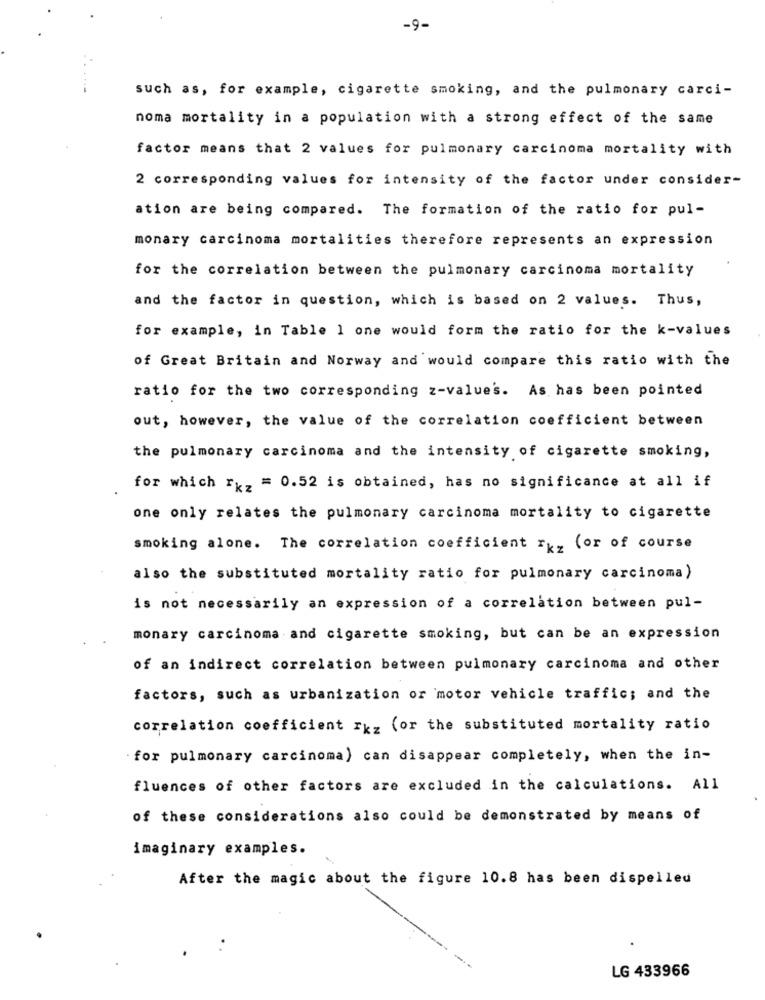
-9-
such as, for example, cigarette smoking, and the pulmonary carci-
noma mortality in a population with a strong effect of the same
factor means that 2 values for pulmonary carcinoma mortality with
2 corresponding values for intensity of the factor under consider-
ation are being compared. The formation of the ratio for pul-
monary carcinoma mortalities therefore represents an expression
for the correlation between the pulmonary carcinoma mortality
and the factor in question, which is based on 2 values. Thus,
for example, in Table 1 one would form the ratio for the k-values
of Great Britain and Norway and would compare this ratio with the
ratio for the two corresponding z-value's. As has been pointed
out, however, the value of the correlation coefficient between
the pulmonary carcinoma and the intensity of cigarette smoking,
for which rxz = 0.52 is obtained, has no significance at all if
one only relates the pulmonary carcinoma mortality to cigarette
smoking alone. The correlation coefficient rxz (or of course
also the substituted mortality ratio for pulmonary carcinoma)
is not necessarily an expression of a correlation between pul-
monary carcinoma and cigarette smoking, but can be an expression
of an indirect correlation between pulmonary carcinoma and other
factors, such as urbanization or motor vehicle traffic; and the
correlation coefficient Ikz (or the substituted mortality ratio
"for pulmonary carcinoma) can disappear completely, when the in-
fluences of other factors are excluded in the calculations. All
of these considerations also could be demonstrated by means of
imaginary examples.
After the magic about the figure 10.8 has been dispelled
LG 433966